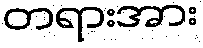
တရားအား